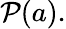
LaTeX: {\mathcal{P}}(a).